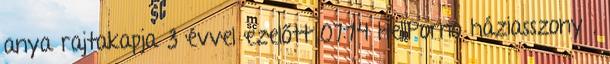
anya rajtakapja 3 évvel ezelőtt 07:14 HellPorno háziasszony ,